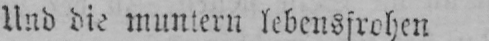
Und die muntern lebensfrohen